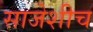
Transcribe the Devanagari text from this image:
साजेशीच